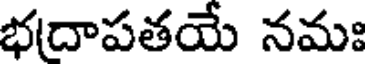
భదాపతయే నమః